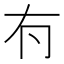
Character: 𠕇